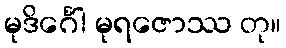
မုဒိင်္ဂေါ မုရဇောဿ တု။